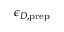
\epsilon _ { D , \mathrm { p r e p } }